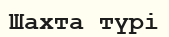
Шахта түрі